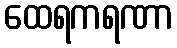
ထေရကရဏာ